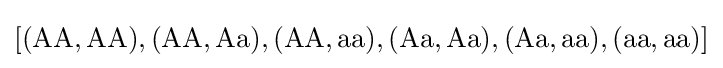
\left[({\text{AA}},{\text{AA}}),({\text{AA}},{\text{Aa}}),({\text{AA}},{\text{aa}}),({\text{Aa}},{\text{Aa}}),({\text{Aa}},{\text{aa}}),({\text{aa}},{\text{aa}})\right]